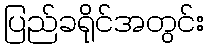
ပြည်ခရိုင်အတွင်း